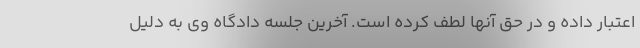
اعتبار داده و در حق آنها لطف کرده است. آخرین جلسه دادگاه وی به دلیل